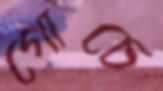
গোচে